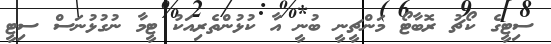
ސިޓީގެ ކޯޗު ރޮބާޓޯ މަންޗީނީ ބުނީ އާ ކުޅުންތެރިއަކު ޓީމާ ނުގުޅުނަސް ސިޓީ